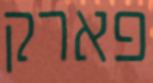
פארק